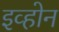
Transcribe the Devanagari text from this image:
इव्होन